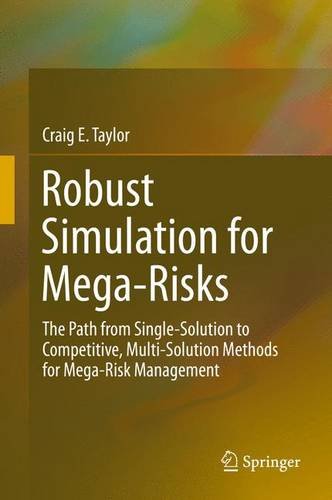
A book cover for Robust Simulation for Mega-Risks: The Path from Single-Solution to Competitive, Multi-Solution Methods for Mega-Risk Management; Craig Taylor; Computers & Technology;